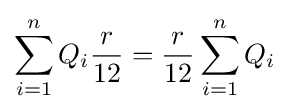
\sum _{i=1}^{n}Q_{i}{\frac {r}{12}}={\frac {r}{12}}\sum _{i=1}^{n}Q_{i}